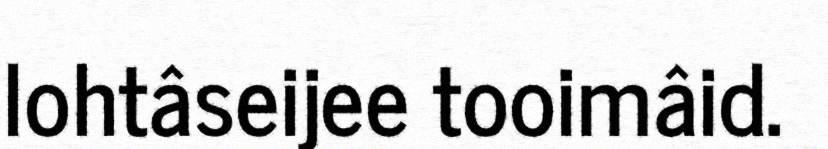
lohtâseijee tooimâid.